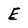
Character: E